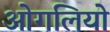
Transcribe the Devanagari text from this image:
ओगलियो